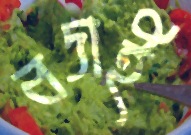
বদাই